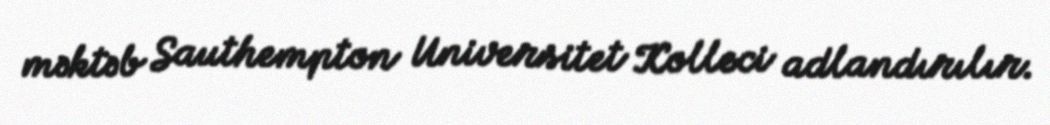
məktəb Sauthempton Universitet Kolleci adlandırılır.